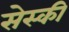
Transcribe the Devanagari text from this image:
सेस्की